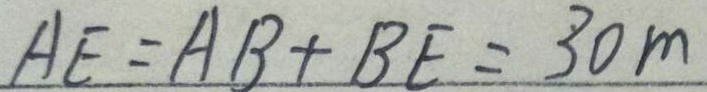
A E = A B + B E = 3 0 m